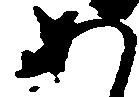
あ